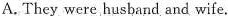
A. They were husband and wife.